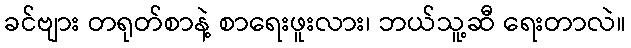
ခင်ဗျား တရုတ်စာနဲ့ စာရေးဖူးလား၊ ဘယ်သူ့ဆီ ရေးတာလဲ။